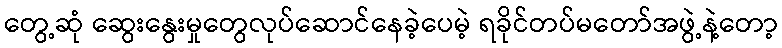
တွေ့ဆုံ ဆွေးနွေးမှုတွေလုပ်ဆောင်နေခဲ့ပေမဲ့ ရခိုင်တပ်မတော်အဖွဲ့နဲ့တော့